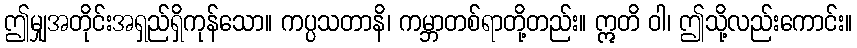
ဤမျှအတိုင်းအရှည်ရှိကုန်သော။ ကပ္ပသတာနိ၊ ကမ္ဘာတစ်ရာတို့တည်း။ ဣတိ ဝါ၊ ဤသို့လည်းကောင်း။